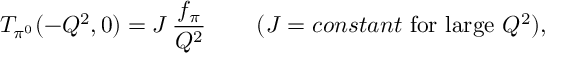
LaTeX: T _ { \pi ^ { 0 } } ( - Q ^ { 2 } , 0 ) = { \cal J } \, \frac { f _ { \pi } } { Q ^ { 2 } } \, \qquad ( { \cal J } = { c o n s t a n t } \, \, \mathrm { f o r \, \, l a r g e \, \, } Q ^ { 2 } ) ,